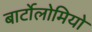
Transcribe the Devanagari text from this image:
बार्टोलोमियो